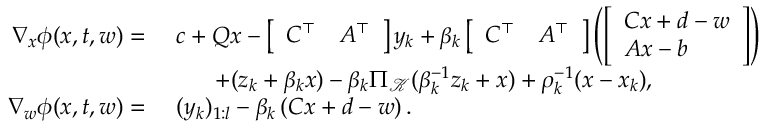
\begin{array} { r l } { \nabla _ { x } \phi ( x , t , w ) = } & { \ c + Q x - \left[ \begin{array} { l l } { C ^ { \top } } & { A ^ { \top } } \end{array} \right] y _ { k } + \beta _ { k } \left[ \begin{array} { l l } { C ^ { \top } } & { A ^ { \top } } \end{array} \right] \left( \left[ \begin{array} { l } { C x + d - w } \\ { A x - b } \end{array} \right] \right) } \\ & { \qquad + ( z _ { k } + \beta _ { k } x ) - \beta _ { k } \Pi _ { \mathcal { K } } ( \beta _ { k } ^ { - 1 } z _ { k } + x ) + \rho _ { k } ^ { - 1 } ( x - x _ { k } ) , } \\ { \nabla _ { w } \phi ( x , t , w ) = } & { \ ( y _ { k } ) _ { 1 : l } - \beta _ { k } \left( C x + d - w \right) . } \end{array}